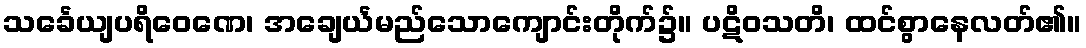
သင်္ခေယျပရိဝေဏေ၊ အချေင်္ယမည်သောကျောင်းတိုက်၌။ ပဋိဝသတိ၊ ထင်စွာနေလတ်၏။